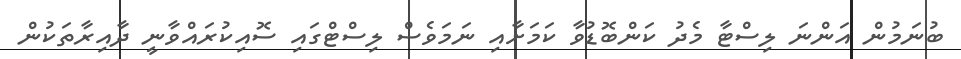
ބުނަމުން އަންނަ ލިސްޓާ މެދު ކަންބޮޑުވާ ކަމަށާއި ނަމަވެސް ލިސްޓްގައި ސޮއިކުރައްވާނީ ދާއިރާތަކުން